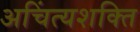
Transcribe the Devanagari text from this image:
अचिंत्यशक्ति